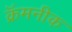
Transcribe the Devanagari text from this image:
क्रॅमनीक